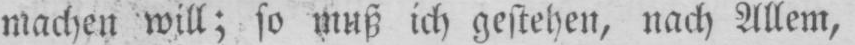
machen will; so muß ich gestehen, nach Allem,